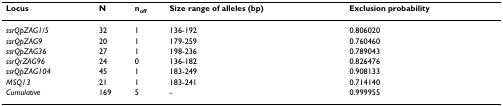
| Locus | N | noff | Size range of alleles (bp) | Exclusion probability |
 | --- | --- | --- | --- | --- |
 | ssrQpZAG1/5 | 32 | 1 | 136-192 | 0.806020 |
 | ssrQpZAG9 | 20 | 1 | 179-259 | 0.760460 |
 | ssrQpZAG36 | 27 | 1 | 198-236 | 0.789043 |
 | ssrQrZAG96 | 24 | 0 | 136-182 | 0.826476 |
 | ssrQpZAG104 | 45 | 1 | 183-249 | 0.908133 |
 | MSQ13 | 21 | 1 | 183-241 | 0.714140 |
 | Cumulative | 169 | 5 | - | 0.999955 |